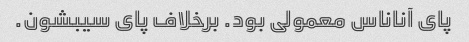
پای آناناس معمولی بود. برخلاف پای سیبشون.